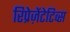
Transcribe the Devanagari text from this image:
रिप्रेज़ेंटेटिव्स